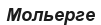
Мольерге